Madras plague regulations and rules for district municipalities and other towns and villages
Disease focus: Plague
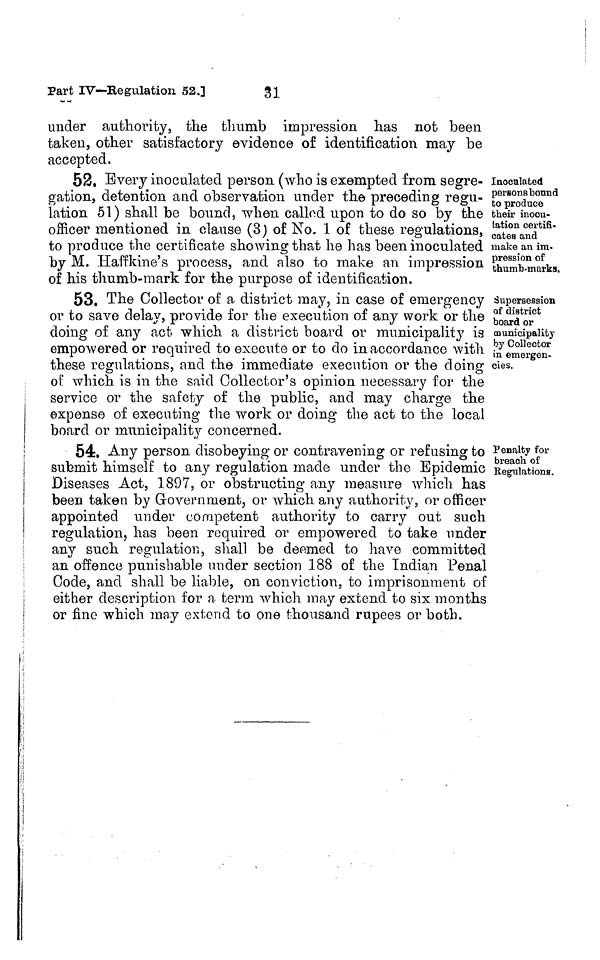
Part IV-Regulation 52.]
31
under authority, the thumb impression has not been
taken, other satisfactory evidence of identification may be
accepted.
Inoculated
persons bound
to produce
their inocu-
lation certifi-
cates and
make an im-
pression of
thumb-marks.
52. Every inoculated person (who is exempted from segre-
gation, detention and observation under the preceding regu-
lation 51) shall be bound, when called upon to do so by the
officer mentioned in clause (3) of No. 1 of these regulations,
to produce the certificate showing that he has been inoculated
by M. Haffkine's process, and also to make an impression
of his thumb-mark for the purpose of identification.
Supersession
of district
board or
municipality
by Collector
in emergen-
cies.
53. The Collector of a district may, in case of emergency
or to save delay, provide for the execution of any work or the
doing of any act which a district board or municipality is
empowered or required to execute or to do in accordance with
these regulations, and the immediate execution or the doing
of which is in the said Collector's opinion necessary for the
service or the safety of the public, and may charge the
expense of executing the work or doing the act to the local
board or municipality concerned.
Penalty for
breach of
Regulations.
54. Any person disobeying or contravening or refusing to
submit himself to any regulation made under the Epidemic
Diseases Act, 1897, or obstructing any measure which has
been taken by Government, or which any authority, or officer
appointed under competent authority to carry out such
regulation, has been required or empowered to take under
any such regulation, shall be deemed to have committed
an offence punishable under section 188 of the Tndian Penal
Code, and shall be liable, on conviction, to imprisonment of
either description for a term which may extend to six months
or fine which may extend to one thousand rupees or both.